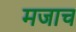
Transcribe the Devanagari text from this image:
मजाच